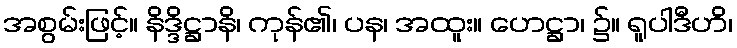
အစွမ်းဖြင့်။ နိဒ္ဒိဋ္ဌာနိ၊ ကုန်၏၊ ပန၊ အထူး။ ဟေဋ္ဌာ၊ ၌။ ရူပါဒီဟိ၊